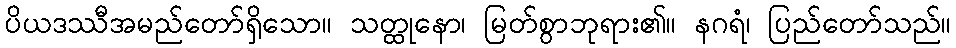
ပိယဒဿီအမည်တော်ရှိသော။ သတ္ထုနော၊ မြတ်စွာဘုရား၏။ နဂရံ၊ ပြည်တော်သည်။